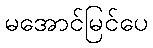
မအောင်မြင်ပေ